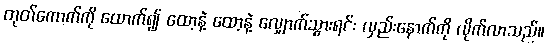
တုတ်ကောက်ကို ထောက်၍ ထော့နဲ့ ထော့နဲ့ လျှောက်သွားရင်း လှည်းနောက်ကို လိုက်လာသည်။